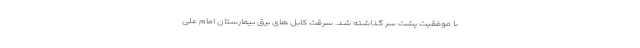
با موفقیت پشت سر گذاشته شد. سرقت کابل‌ های برق بیمارستان امام علی